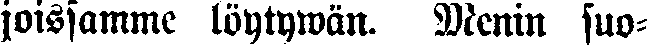
joissamme löytywän. Menin suo-